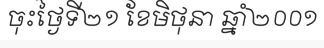
ចុះថ្ងៃទី២១ ខែមិថុនា ឆ្នាំ២០០១